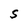
Character: S